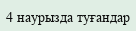
4 наурызда туғандар